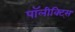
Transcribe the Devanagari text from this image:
पॉलीक्ट्सि